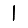
Digit: 1